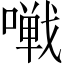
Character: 𱔩